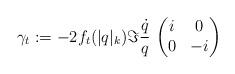
LaTeX: \begin{align*}\gamma_t := -2 f_t(|q|_k) \Im \frac{\dot q}{q} \, \begin{pmatrix} i & 0 \\ 0 & -i \end{pmatrix}\end{align*}